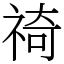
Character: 䄎